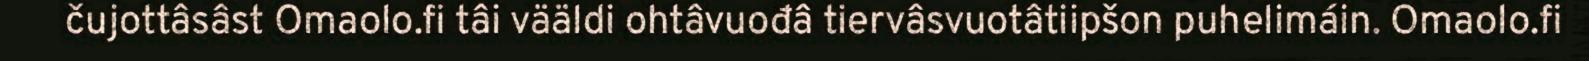
čujottâsâst Omaolo.fi tâi vääldi ohtâvuođâ tiervâsvuotâtiipšon puhelimáin. Omaolo.fi